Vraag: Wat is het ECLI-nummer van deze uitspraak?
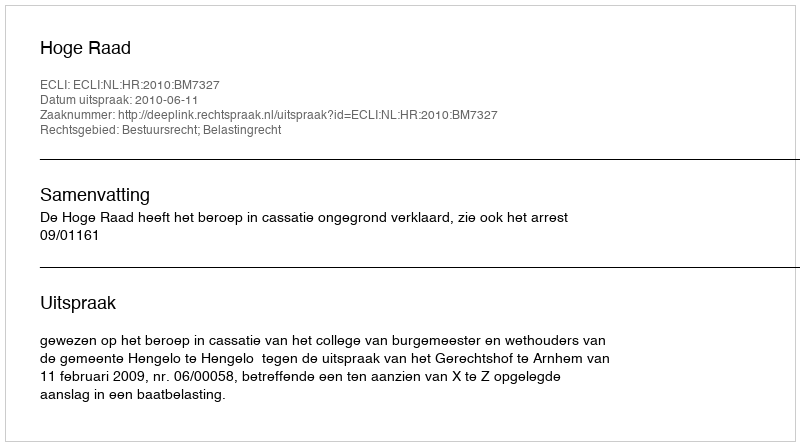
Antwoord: ECLI:NL:HR:2010:BM7327